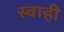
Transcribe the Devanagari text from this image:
स्वाही